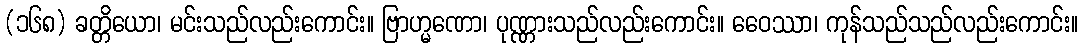
(၁၆၈) ခတ္တိယော၊ မင်းသည်လည်းကောင်း။ ဗြာဟ္မဏော၊ ပုဏ္ဏားသည်လည်းကောင်း။ ဝေေဿာ၊ ကုန်သည်သည်လည်းကောင်း။